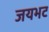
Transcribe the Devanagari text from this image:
जयभट